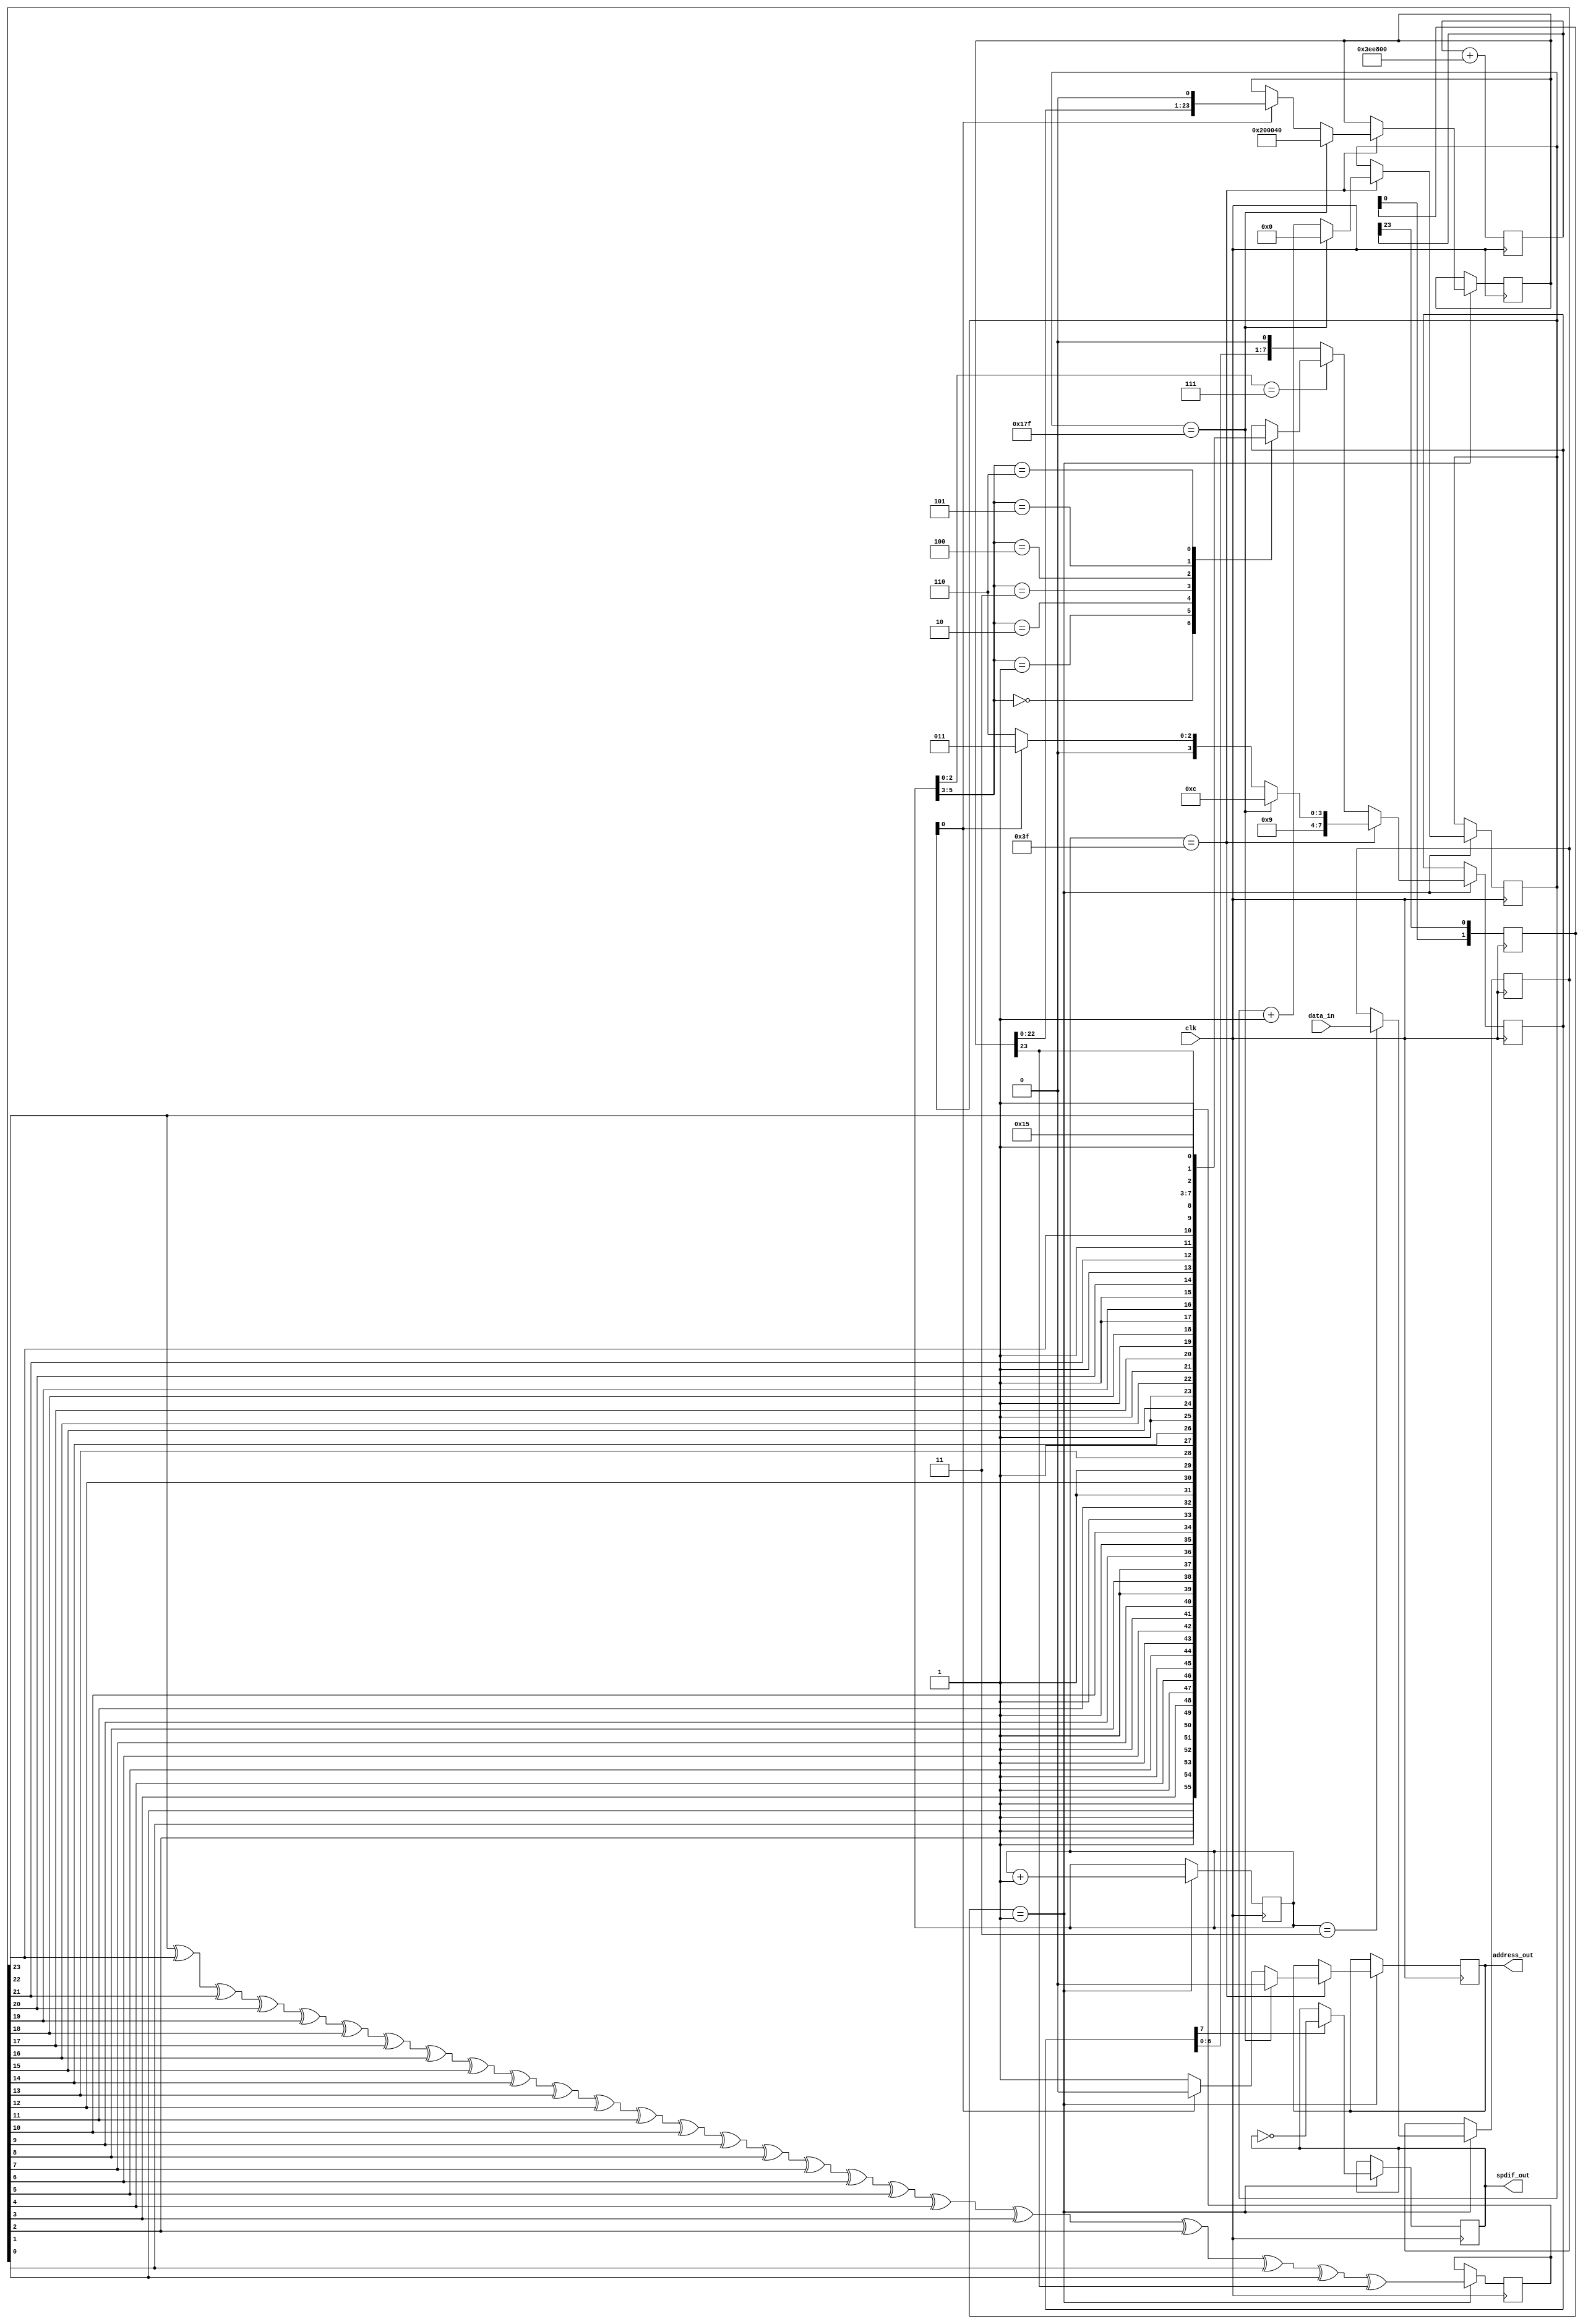
// This program was cloned from: https://github.com/dan-rodrigues/icestation-32
// License: MIT License

// File hdl/spdif_tx.vhd translated with vhd2vl v3.0 VHDL to Verilog RTL translator
// vhd2vl settings:
//  * Verilog Module Declaration Style: 2001

// vhd2vl is Free (libre) Software:
//   Copyright (C) 2001 Vincenzo Liguori - Ocean Logic Pty Ltd
//     http://www.ocean-logic.com
//   Modifications Copyright (C) 2006 Mark Gonzales - PMC Sierra Inc
//   Modifications (C) 2010 Shankar Giri
//   Modifications Copyright (C) 2002-2017 Larry Doolittle
//     http://doolittle.icarus.com/~larry/vhd2vl/
//   Modifications (C) 2017 Rodrigo A. Melo
//
//   vhd2vl comes with ABSOLUTELY NO WARRANTY.  Always check the resulting
//   Verilog for correctness, ideally with a formal verification tool.
//
//   You are welcome to redistribute vhd2vl under certain conditions.
//   See the license (GPLv2) file included with the source for details.

// The result of translation follows.  Its copyright status should be
// considered unchanged from the original VHDL.

// https://ackspace.nl/wiki/SP/DIF_transmitter_project
// EMARD's modification: phase accu clk divider
// no timescale needed

module spdif_tx(
input wire clk,
input wire [23:0] data_in,
output reg address_out,
output wire spdif_out
);

parameter [31:0] C_clk_freq=25000000;
parameter [31:0] C_sample_freq=48000;
// Hz sample rate
// system clock
// 24-bit signed value
// 1 address bit means stereo only



// math to digitaly divide input clock into 128x Fsample (6.144MHz for 48K samplerate)
parameter C_phase_accu_bits = 24;  //clock divider phase accumulator
// constant C_phase_increment: integer := C_sample_freq * 2**(C_phase_accu_bits+7) / C_clk_freq; -- exact expression but it overflows with trellis
parameter C_phase_increment = (C_sample_freq / 100) * 2 ** (C_phase_accu_bits - 3) / (C_clk_freq / 100) * 2 ** 10;  // works with trellis up to C_clk_freq = 100 MHz
reg [C_phase_accu_bits - 1:0] R_phase_accu;
reg [1:0] R_clkdiv_shift;
reg [23:0] data_in_buffer;
reg [5:0] bit_counter = 1'b0;
reg [8:0] frame_counter = 1'b0;
reg data_biphase = 1'b0;
reg [7:0] data_out_buffer;
reg parity;
reg [23:0] channel_status_shift;
wire [23:0] channel_status = 24'b001000000000000001000000;

  always @(posedge clk) begin
    R_phase_accu <= R_phase_accu + C_phase_increment;
    R_clkdiv_shift <= {R_clkdiv_shift[0],R_phase_accu[C_phase_accu_bits - 1]};
  end

  always @(posedge clk) begin
    if(R_clkdiv_shift == 2'b01) begin
      bit_counter <= bit_counter + 1;
    end
  end

  always @(posedge clk) begin
    if(R_clkdiv_shift == 2'b01) begin
      parity <= data_in_buffer[23] ^ data_in_buffer[22] ^ data_in_buffer[21] ^ data_in_buffer[20] ^ data_in_buffer[19] ^ data_in_buffer[18] ^ data_in_buffer[17] ^ data_in_buffer[16] ^ data_in_buffer[15] ^ data_in_buffer[14] ^ data_in_buffer[13] ^ data_in_buffer[12] ^ data_in_buffer[11] ^ data_in_buffer[10] ^ data_in_buffer[9] ^ data_in_buffer[8] ^ data_in_buffer[7] ^ data_in_buffer[6] ^ data_in_buffer[5] ^ data_in_buffer[4] ^ data_in_buffer[3] ^ data_in_buffer[2] ^ data_in_buffer[1] ^ data_in_buffer[0] ^ channel_status_shift[23];
      if(bit_counter == 6'b000011) begin
        data_in_buffer <= data_in;
      end
      if(bit_counter == 6'b111111) begin
        if(frame_counter == 9'b101111111) begin
          frame_counter <= {9{1'b0}};
        end
        else begin
          frame_counter <= frame_counter + 1;
        end
      end
    end
  end

  always @(posedge clk) begin
    if(R_clkdiv_shift == 2'b01) begin
      if(bit_counter == 6'b111111) begin
        if(frame_counter == 9'b101111111) begin
          // next frame is 0, load preamble Z
          address_out <= 1'b0;
          channel_status_shift <= channel_status;
          data_out_buffer <= 8'b10011100;
        end
        else begin
          if(frame_counter[0] == 1'b1) begin
            // next frame is even, load preamble X
            channel_status_shift <= {channel_status_shift[22:0],1'b0};
            data_out_buffer <= 8'b10010011;
            address_out <= 1'b0;
          end
          else begin
            // next frame is odd, load preable Y
            data_out_buffer <= 8'b10010110;
            address_out <= 1'b1;
          end
        end
      end
      else begin
        if(bit_counter[2:0] == 3'b111) begin
          // load new part of data into buffer
          case(bit_counter[5:3])
          3'b000 : begin
            data_out_buffer <= {1'b1,data_in_buffer[0],1'b1,data_in_buffer[1],1'b1,data_in_buffer[2],1'b1,data_in_buffer[3]};
          end
          3'b001 : begin
            data_out_buffer <= {1'b1,data_in_buffer[4],1'b1,data_in_buffer[5],1'b1,data_in_buffer[6],1'b1,data_in_buffer[7]};
          end
          3'b010 : begin
            data_out_buffer <= {1'b1,data_in_buffer[8],1'b1,data_in_buffer[9],1'b1,data_in_buffer[10],1'b1,data_in_buffer[11]};
          end
          3'b011 : begin
            data_out_buffer <= {1'b1,data_in_buffer[12],1'b1,data_in_buffer[13],1'b1,data_in_buffer[14],1'b1,data_in_buffer[15]};
          end
          3'b100 : begin
            data_out_buffer <= {1'b1,data_in_buffer[16],1'b1,data_in_buffer[17],1'b1,data_in_buffer[18],1'b1,data_in_buffer[19]};
          end
          3'b101 : begin
            data_out_buffer <= {1'b1,data_in_buffer[20],1'b1,data_in_buffer[21],1'b1,data_in_buffer[22],1'b1,data_in_buffer[23]};
          end
          3'b110 : begin
            data_out_buffer <= {5'b10101,channel_status_shift[23],1'b1,parity};
          end
          default : begin
          end
          endcase
        end
        else begin
          data_out_buffer <= {data_out_buffer[6:0],1'b0};
        end
      end
    end
  end

  always @(posedge clk) begin
    if(R_clkdiv_shift == 2'b01) begin
      if(data_out_buffer[(7)] == 1'b1) begin
        data_biphase <=  ~data_biphase;
      end
    end
  end

  assign spdif_out = data_biphase;

endmodule